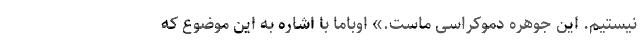
نیستیم. این جوهره دموکراسی ماست.» اوباما با اشاره به این موضوع که